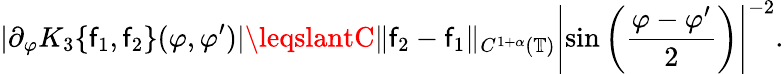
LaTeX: |\partial_{\varphi}K_{3}\{ \mathsf{f}_{1},\mathsf{f}_{2}\} (\varphi,\varphi^{\prime})|\leqslantC\| \mathsf{f}_{2}-\mathsf{f}_{1}\| _{C^{1+\alpha}(\mathbb{{T}})}\left|\sin\left(\frac{{\varphi-\varphi^{\prime}}}{{2}}\right)\right|^{-2}.